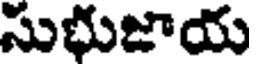
సుభుజాయ